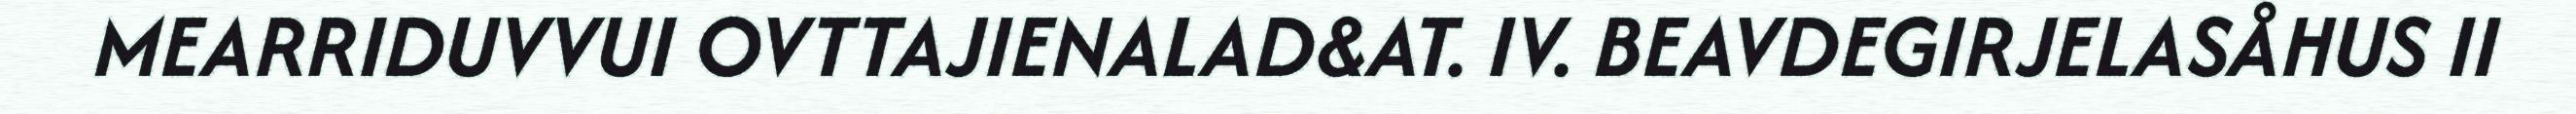
MEARRIDUVVUI OVTTAJIENALAD&AT. IV. BEAVDEGIRJELASÅHUS II